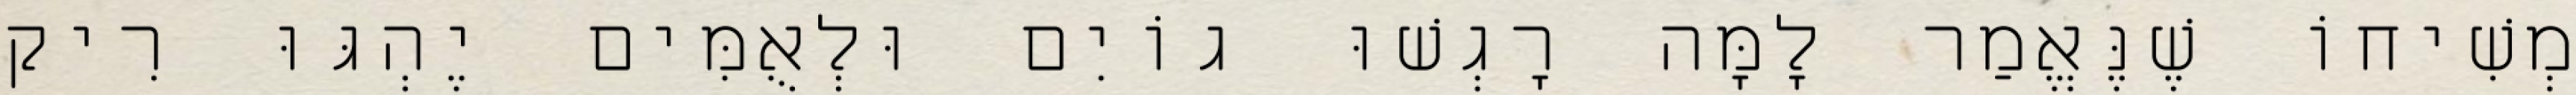
מְשִׁיחוֹ שֶׁנֶּאֱמַר לָמָּה רָגְשׁוּ גוֹיִם וּלְאֻמִּים יֶהְגּוּ רִיק